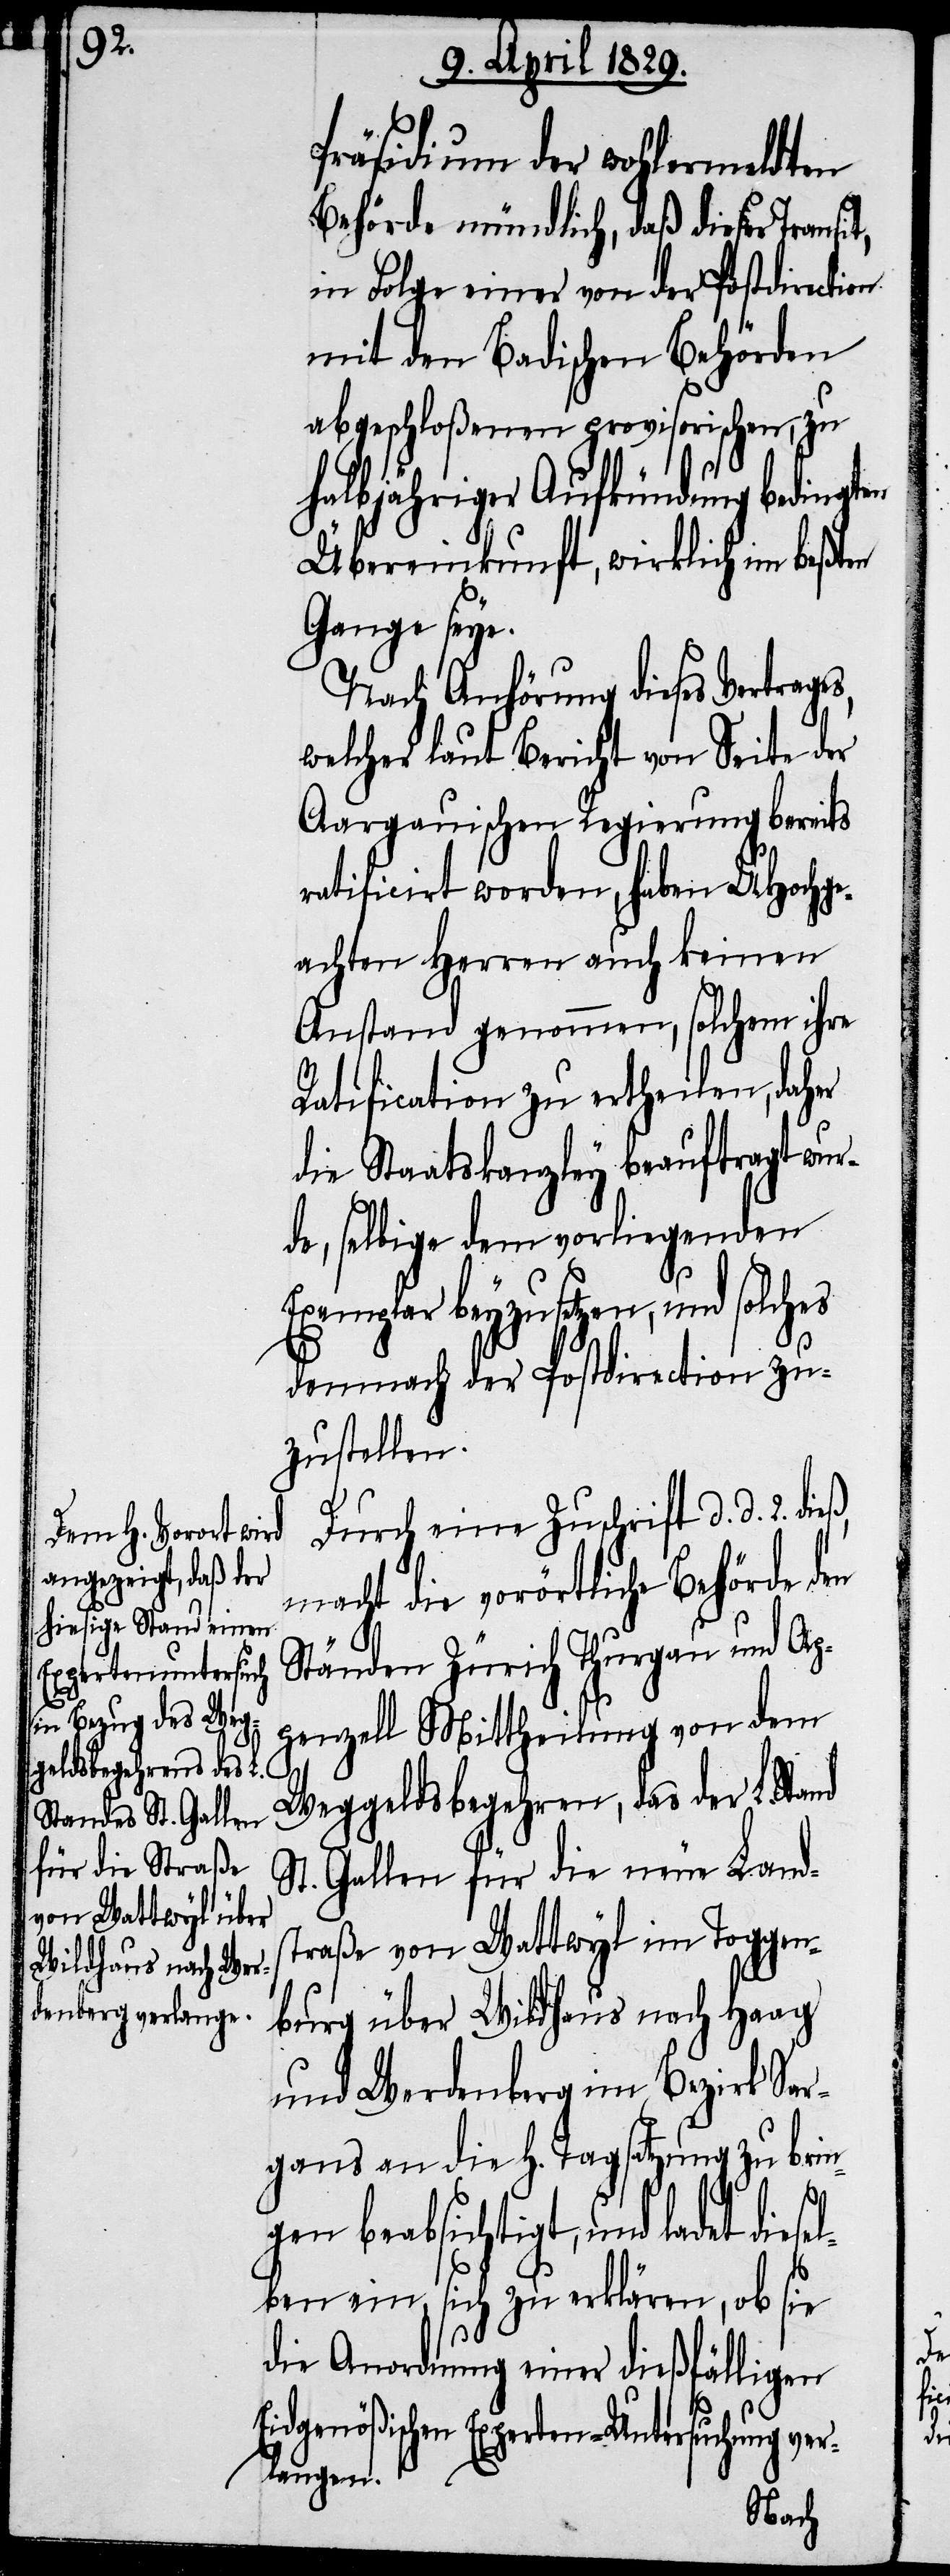
Präsidium der wohlermeldten
Behörde mündlich, daß dieser Transi¬
in Folge einer von der Postdirection
mit den Badischen Behörden
abgeschloßenen provisorischen, zu
halbjähriger Aufkündung bedingten
Übereinkunft, wirklich im beßten
Gange seye.
Nach Anhörung diese Vertrage¬
welcher laut Bericht von Seite der
Aargauischen Regierung bereits
ratificirt worden, haben UHochge¬
achten Herren auch keinen
Anstand genommen, solchem ihre
Ratification zu ertheilen, daher
die Staatskanzley beauftragt wur¬
de, selbige dem vorliegenden
beyzusetzen, und solches
demnach der Postdirection zu¬
zustellen.
Durch eine Zuschrift d. d. 2.
macht die vorörtliche Behörde
Ständen Zürich[,] Thurgau und Ap¬
penzell die Mittheilung von dem
Weggeldsbegehren, das der L. Stand
St. Gallen für die neue Land¬
straße von Wattwyl im Toggen¬
burg über Wildhaus nach Haag
und Werdenberg im Bezirk Sar¬
gans an die H. Tagsatzung zu brin¬
gen beabsichtigt, und ladet
lben ein, sich zu erklären, ob sie
die Anordnung einer dießfälligen
Eidgenößischen Experten-Untersuchung ve¬
rlangen.

diese¬